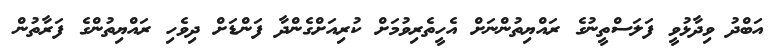
އަބްދު ވިދާޅުވީ ފަލަސްތީނުގެ ރައްޔިތުންނަށް އެހީތެރިވުމަށް ކުރިއަށްގެންދާ ފަންޑަށް ދިވެހި ރައްޔިތުންގެ ފަރާތުން